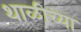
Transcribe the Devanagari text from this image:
थाळीच्या